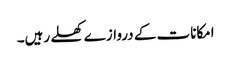
امکانات کے دروازے کھلے رہیں۔